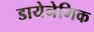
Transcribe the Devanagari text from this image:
डायेनेमिक